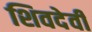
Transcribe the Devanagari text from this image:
शिवदेवी